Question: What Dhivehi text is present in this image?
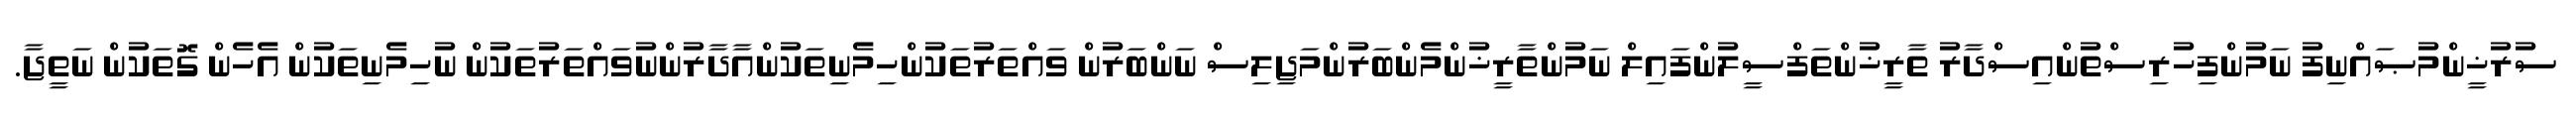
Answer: ސުރުޚީންމުޞައްނިފު ނަމުންފިހުރިސްތުންއިސްދާރު ތާރީޚުންތަފްސީލުންފައިލް ނަމުންތާރީޚުންމެންބަރުންމަޖިލިސް ނަންބަރުން ވައްތަރުތަކުންހިމެނިތަކުންއާދާރުންނުވައްތަރުތަކުން ނުހިމެނިތަކުން އެހެން ގޮތަކުން ނަތީޖާ.